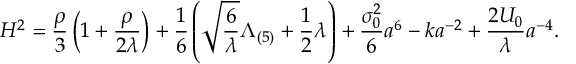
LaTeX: H ^ { 2 } = \frac { \rho } { 3 } \left( 1 + \frac { \rho } { 2 \lambda } \right) + \frac { 1 } { 6 } \left( \sqrt { \frac { 6 } { \lambda } } \Lambda _ { ( 5 ) } + \frac { 1 } { 2 } \lambda \right) + \frac { \sigma _ { 0 } ^ { 2 } } { 6 } a ^ { \- 6 } - k a ^ { - 2 } + \frac { 2 { \cal U } _ { 0 } } { \lambda } a ^ { - 4 } .